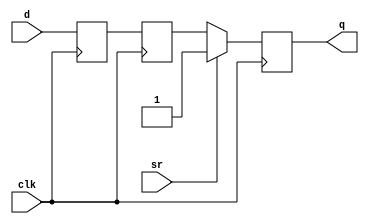
module sr_flip_flop(
    input wire clk,            // Clock input
    input wire sr,             // Set/Reset input
    input wire d,              // Data input
    output reg q               // Output
);

reg m_in, s_in;

always @(posedge clk) begin
    m_in <= d;                // Master latch stores data input
    s_in <= m_in;             // Slave latch stores data from master latch
    if (sr) begin             // Set
        q <= 1;
    end else if (sr) begin    // Reset
        q <= 0;
    end else begin            // No change
        q <= s_in;
    end
end

endmodule